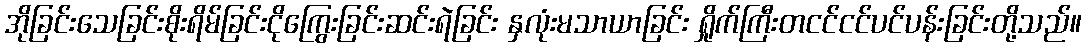
အိုခြင်းသေခြင်းစိုးရိမ်ခြင်းငိုကြွေးခြင်းဆင်းရဲခြင်း နှလုံးမသာယာခြင်း ရှိုက်ကြီးတငင်ငင်ပင်ပန်းခြင်းတို့သည်။